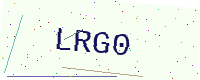
Text: LRG0